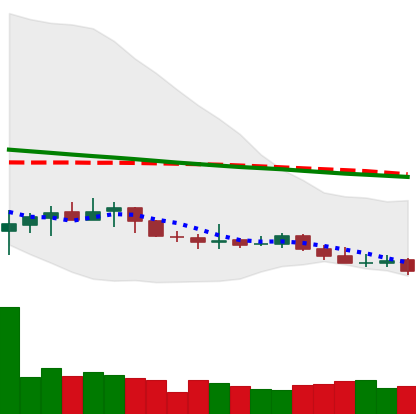
Ticker: XLM-USD
Chart end date: 2019-12-14
Forward return: -12.984%
Label: down_7plus